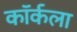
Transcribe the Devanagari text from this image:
कॉर्कला